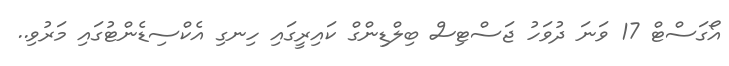
އޯގަސްޓް 17 ވަނަ ދުވަހު ޖަސްޓިސް ބިލްޑިންގް ކައިރީގައި ހިނގި އެކްސިޑެންޓުގައި މަރުވި..